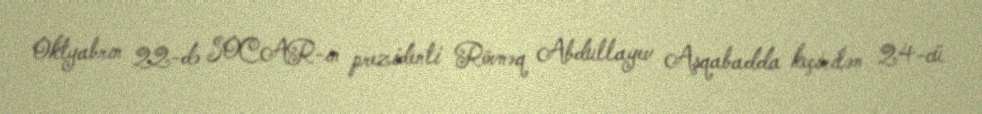
Oktyabrın 22-də SOCAR-ın prezidenti Rövnəq Abdullayev Aşqabadda keçirilən 24-cü